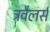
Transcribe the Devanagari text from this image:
ट्रवैलर्स